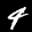
Label: 4